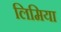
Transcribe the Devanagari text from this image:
लिमिया